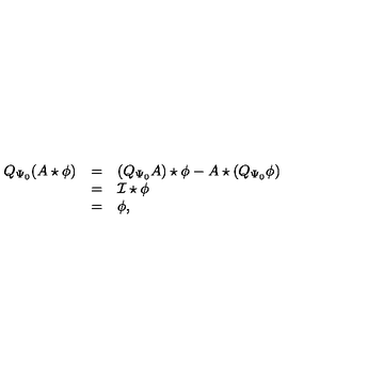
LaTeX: \begin{array} { r c l } { Q _ { \Psi _ { 0 } } ( A \star \phi ) } & { = } & { ( Q _ { \Psi _ { 0 } } A ) \star \phi - A \star ( Q _ { \Psi _ { 0 } } \phi ) } \\ { } & { = } & { \cal { I } \star \phi } \\ { } & { = } & { \phi , } \\ \end{array}